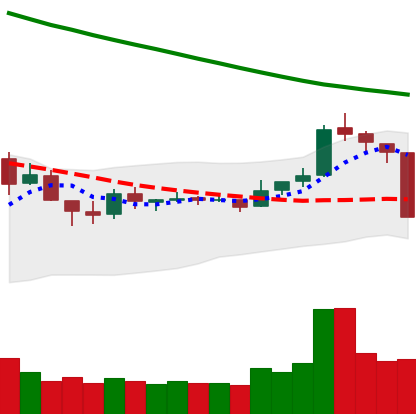
Ticker: TRX-USD
Chart end date: 2018-10-11
Forward return: 16.384%
Label: up_7plus